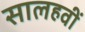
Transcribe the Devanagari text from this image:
सालहवीं